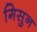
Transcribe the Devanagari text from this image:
गिसुन